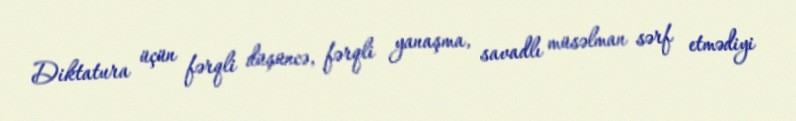
Diktatura üçün fərqli düşüncə, fərqli yanaşma, savadlı müsəlman sərf etmədiyi